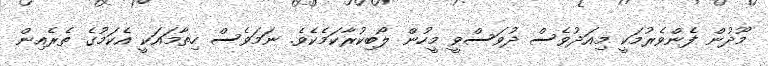
މޫދުން ފެންވެރުމަކީ މިއަދުވެސް ދުވަސްވީ މީހުން ލޯބިކުރާކަމެކެވެ. ނަމަވެސް ހިތާމައަކީ އެކަމުގެ ތެރެއިން